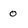
Character: o